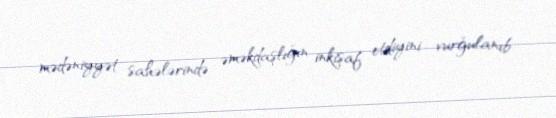
mədəniyyət sahələrində əməkdaşlığın inkişaf etdiyini vurğulanıb.